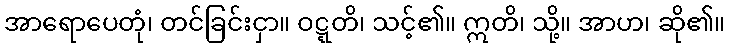
အာရောပေတုံ၊ တင်ခြင်းငှာ။ ဝဋ္ဋတိ၊ သင့်၏။ ဣတိ၊ သို့။ အာဟ၊ ဆို၏။